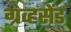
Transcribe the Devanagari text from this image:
ग्रेव्हसेंड